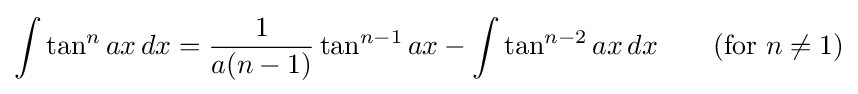
\int \tan ^{n}ax\,dx={\frac {1}{a(n-1)}}\tan ^{n-1}ax-\int \tan ^{n-2}ax\,dx\qquad {\mbox{(for }}n\neq 1{\mbox{)}}